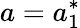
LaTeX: a=a_{1}^{*}